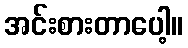
အင်းစားတာပေါ့။